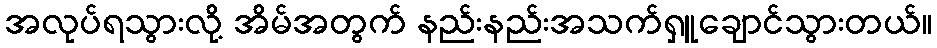
အလုပ်ရသွားလို့ အိမ်အတွက် နည်းနည်းအသက်ရှူချောင်သွားတယ်။